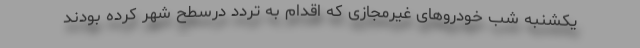
یکشنبه شب خودروهای غیرمجازی که اقدام به تردد درسطح شهر کرده بودند